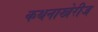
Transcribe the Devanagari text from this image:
कथनाखेरीज